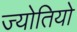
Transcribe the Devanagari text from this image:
ज्योतियो